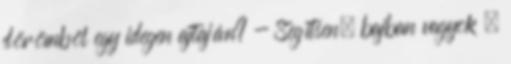
dörömböl egy idegen ajtaján? - Segítsen, bajban vagyok –